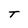
Character: T